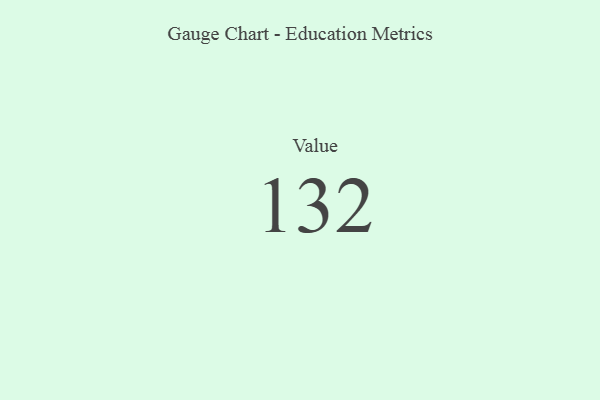
{"axis": {"x": "Metric", "y": "Value"}, "legend": [""], "data": [{"x": "Value", "y": 132, "type": ""}]}